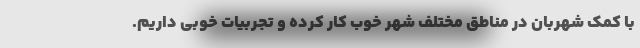
با کمک شهربان در مناطق مختلف شهر خوب کار کرده و تجربیات خوبی داریم.